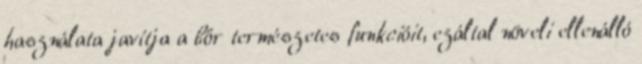
használata javítja a bőr természetes funkcióit, ezáltal növeli ellenálló